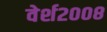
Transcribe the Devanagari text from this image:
वेर्श२००८